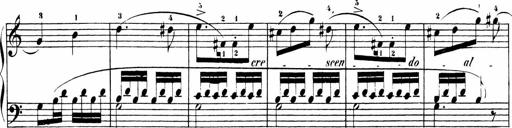
Title: Sonatinen Op.47, 98 und 136, nebst 6 Liedersonatinen
Composer: Carl Reinecke